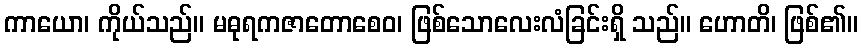
ကာယော၊ ကိုယ်သည်။ မဓုရကဇာတောစေဝ၊ ဖြစ်သောလေးလံခြင်းရှိ သည်။ ဟောတိ၊ ဖြစ်၏။